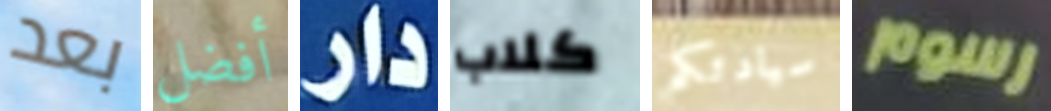
بعد أفضل دار كلاب سيادتكم رسوم